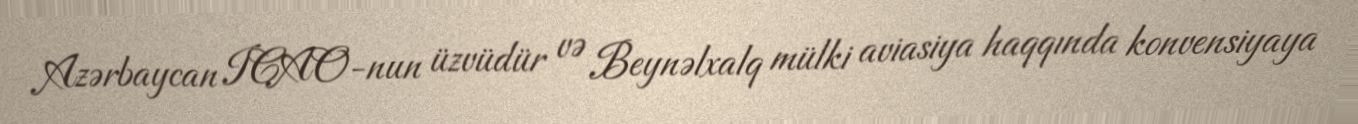
Azərbaycan ICAO-nun üzvüdür və Beynəlxalq mülki aviasiya haqqında konvensiyaya